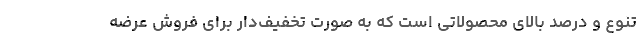
تنوع و درصد بالای محصولاتی است که به صورت تخفیف­دار برای فروش عرضه